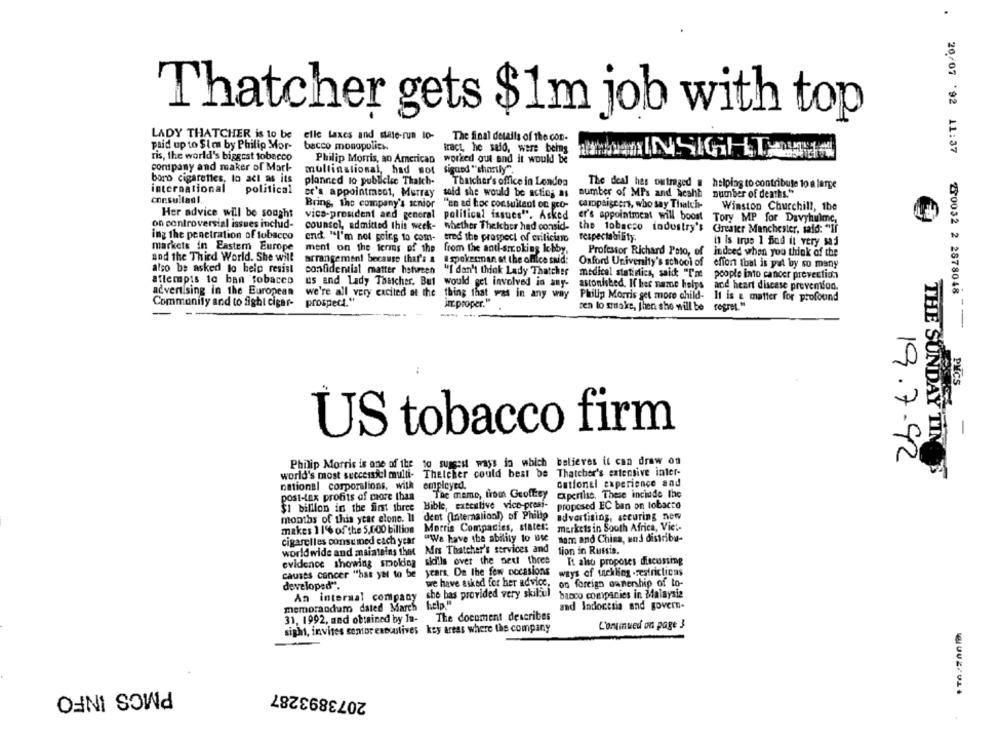
Thatcher gets $1m job with top
LADY THATCHER is to be
elle taxes and state-run to-
The final details of the con-
paid up to $ica by Philip Mor-
bacco monopolies.
fract, he said, were being
ris, the world's biggest tobacco
INSIGHTON
Philip Morris, an American
worked out and it would be
company and maker of Mark-
multinational, had sot
signed "shortly".
boro cigarettes, lo act as its
planned to publicisc Thaich-
Thatcher's office in Londen
The deal hes outraged a helping to contribute to a large
international
political
er's appointment, Murray
sold she would be acting as
number of MPs and heshb number of deaths."
consultasi.
Bring, the company's senior
"en ad hoc consultant on gro-
casopaiscert, who say Thatch-
Winston Churchill, the
Her advice will be sought
vice-president and general
political issues". Asked
er's appointment will boost Tory MP for Davyhulme,
on controversial issues includ-
counsel, admitted this week- whether Thekber had consid-
the tobacco industry's Greater Manchester, said: "If
ing the penetration of tobacco
end. "I'm not going to com- ered the prospect of evilicino
respectability.
it is trus 1 Bod it very saj
markets in Eastern Europe
ment on the terms of the from the antlarcokins lobby,
Professor Richard Poto, of indeed when you think of the
and the Third World. She will
arrangement because that's &
a spokesman. at the office said:
Oxford University's school of
effon Ibal is pal by so many
also be asked to help resist
confidential matter hstursen
"I don't think Lady Thatcher
medical statistics, said "Ime
people into cancer prevention
attempts to ban tobacco
us and Lady Thatcher. But
would get involved in any-
astonished. If her name helys
and heart disease prevention.
advertising in the European
we're all very excited at the
thing that was in any way
Philip Morris get more child- 11 is a matter for profound
Community and to fight cigar-
prospect."
imr. proper."
ren to smake, then she will be
20/07 '92 11:37 230032 2 2878048 -
PVCS
US tobacco firm
-
Philip Morris is one of the to suggest ways in which believes it can draw on
19.7.92
world's most successful multi-
Thetcher could best be
Thatcher's extensive inter-
THE SUNDAY TIN 'S
Gationel experience and
national corporalions, with employed.
post-tax profits of more than
The meme, from Geoffrey
expertise. These include the
$1 billion in the first three Bible, executive vice-presi-
proposed EC ban on tobacco
months of this year alone. Il
dent (Internalionl) of Phillp
advertising, ascuring new
makes 1 1% of the 5,000 billion Morris Companies, states:
markets in South Africa, Vie !-
cigarelles consumed each year
"We have the ability to use
sam and China, and distribu-
worldwide and maintains ihnt Mrs Thatcher's services and
tion in Russia.
evidence showing smoldes skills over the next three
It also proposes discussing
years. On the few occasions
ways of tackling -restrictions
causes concer "has yet to be
developed".
we have asked for her advice.
on foreign ownership of to-
the bas provided very skilful
banco companies in Malaysia
An internal company
memorandum dated March help."
and Indonesia and govern-
The document describes
31, 1992, and obtained by In-
sight, invites senior executives key areas where the company
Continued on page 3
PMCS INFO
2073893287